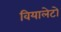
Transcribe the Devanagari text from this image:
वियालेटो